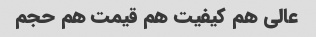
عالی هم کیفیت هم قیمت هم حجم